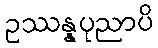
ဥဿန္နပုညာပိ